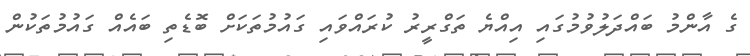
ގެ އާންމު ބައްދަލުވުމުގައި އިއްޔެ ތަގްރީރު ކުރައްވައި ގައުމުތަކަށް ބޮޑެތި ބައެއް ގައުމުތަކުން